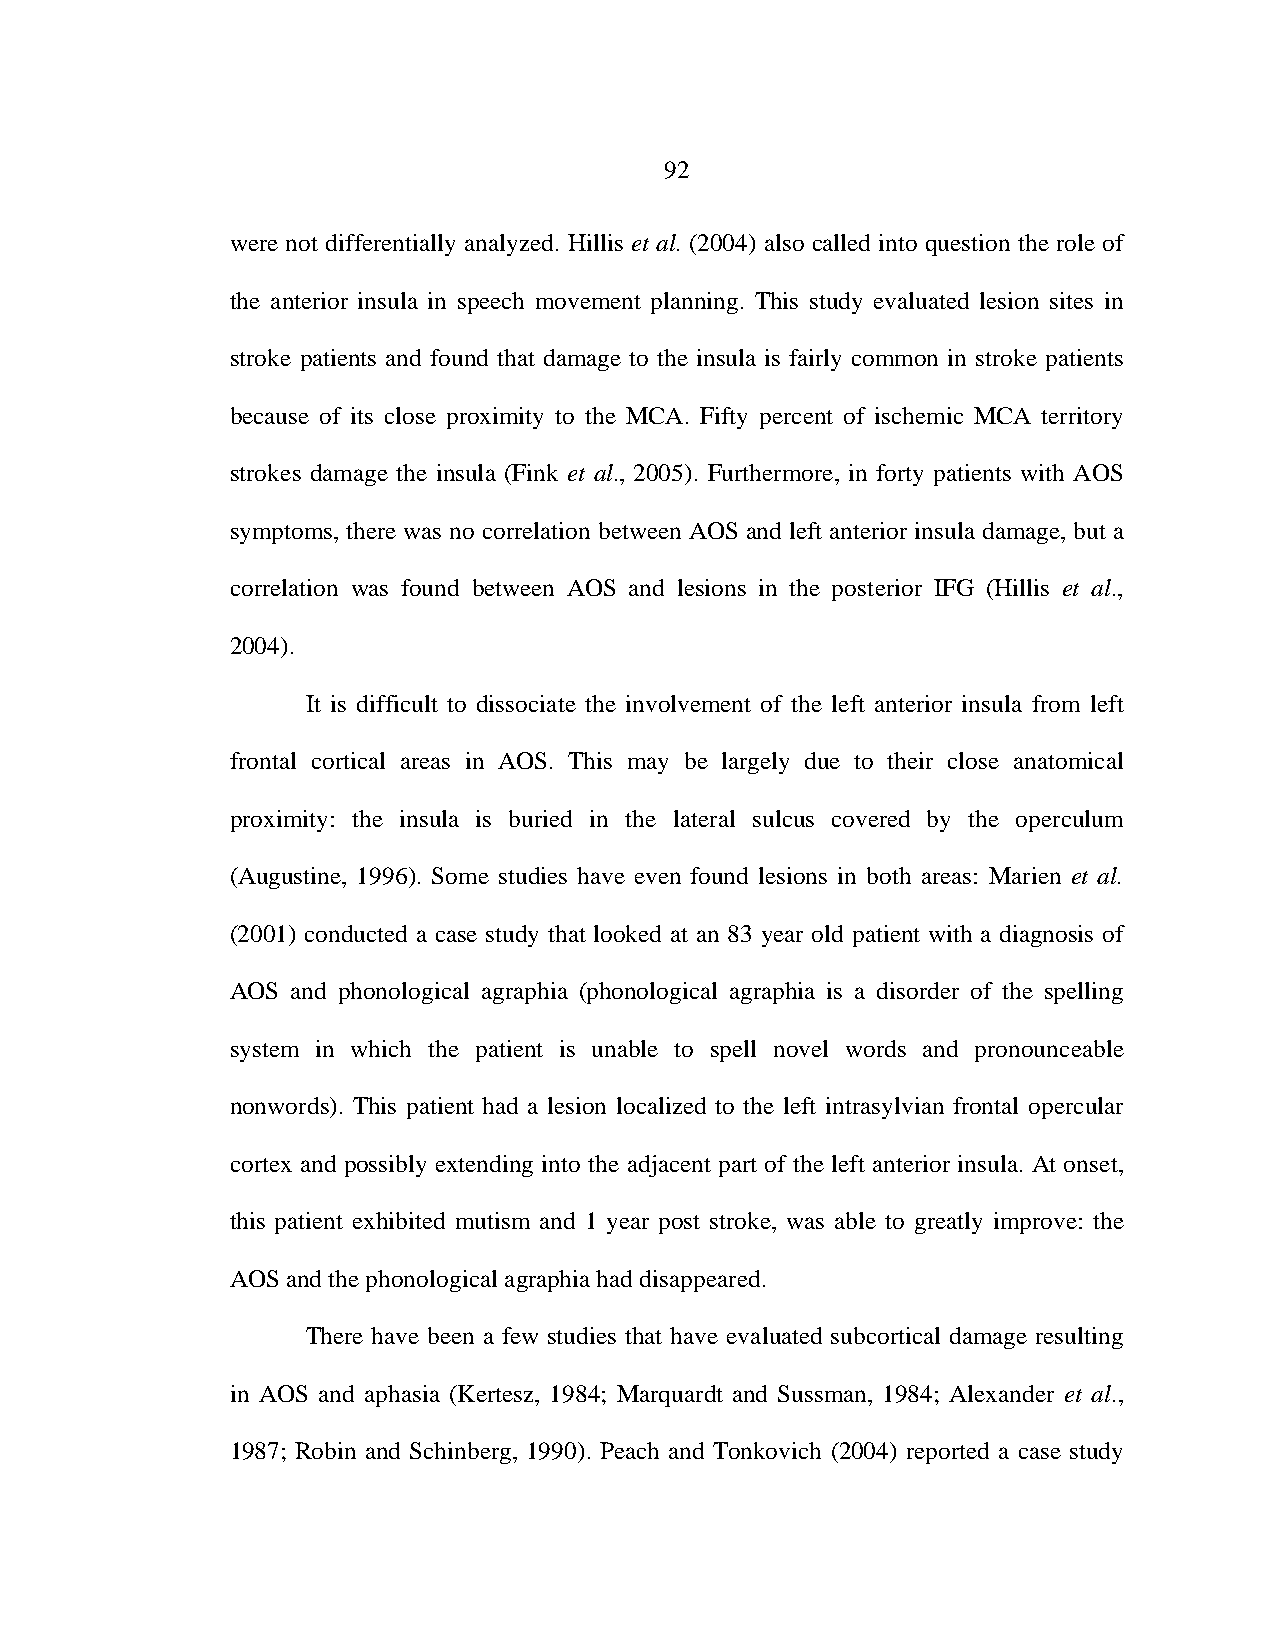
92
 were not differentially analyzed. Hillis et al. (2004) also called into question the role of
 the anterior insula in speech movement planning. This study evaluated lesion sites in
 stroke patients and found that damage to the insula is fairly common in stroke patients
 because of its close proximity to the MCA. Fifty percent of ischemic MCA territory
 strokes damage the insula (Fink et al., 2005). Furthermore, in forty patients with AOS
 symptoms, there was no correlation between AOS and left anterior insula damage, but a
 correlation was found between AOS and lesions in the posterior IFG (Hillis et al.,
 2004).
 It is difficult to dissociate the involvement of the left anterior insula from left
 frontal cortical areas in AOS. This may be largely due to their close anatomical
 proximity: the insula is buried in the lateral sulcus covered by the operculum
 (Augustine, 1996). Some studies have even found lesions in both areas: Marien et al.
 (2001) conducted a case study that looked at an 83 year old patient with a diagnosis of
 AOS and phonological agraphia (phonological agraphia is a disorder of the spelling
 system in which the patient is unable to spell novel words and pronounceable
 nonwords). This patient had a lesion localized to the left intrasylvian frontal opercular
 cortex and possibly extending into the adjacent part of the left anterior insula. At onset,
 this patient exhibited mutism and 1 year post stroke, was able to greatly improve: the
 AOS and the phonological agraphia had disappeared.
 There have been a few studies that have evaluated subcortical damage resulting
 in AOS and aphasia (Kertesz, 1984; Marquardt and Sussman, 1984; Alexander et al.,
 1987; Robin and Schinberg, 1990). Peach and Tonkovich (2004) reported a case study